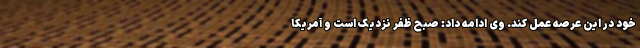
خود در این عرصه عمل کند. وی ادامه داد: صبح ظفر نزدیک است و آمریکا